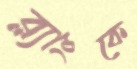
ব্ল্যাংকে